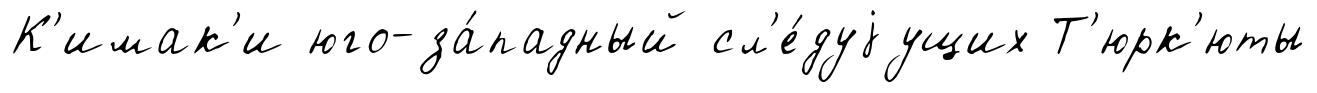
К'имак'и юго-за́падный сл'е́дуjущих Т'юрк'юты